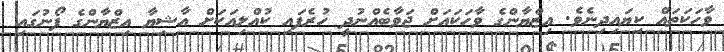
ވާހަކަތައް ކިޔައިދިނެވެ. އިޒްޔާންގެ ވާހަކައަށް ޖަވާބެއްނުދީ ހުރެފައި ކުއްލިއަކަށް އާޝިޔާ އިޒްޔާންގެ ފޯނުގައި